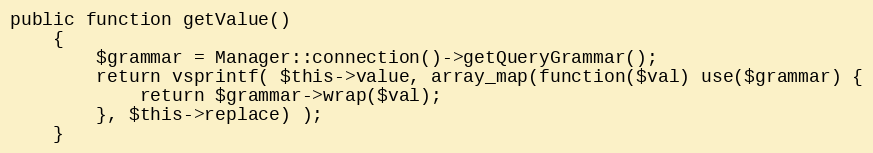
Language: PHP
public function getValue()
	{
		$grammar = Manager::connection()->getQueryGrammar();
		return vsprintf( $this->value, array_map(function($val) use($grammar) {
			return $grammar->wrap($val);
		}, $this->replace) );
	}